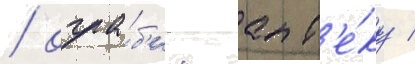
/ огра́б'ил апт'е́ку /